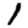
Digit: 1